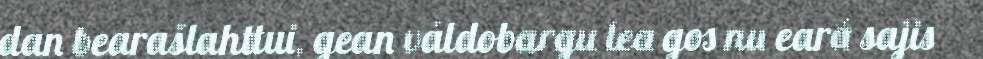
dan bearašlahttui, gean váldobargu lea gos nu eará sajis